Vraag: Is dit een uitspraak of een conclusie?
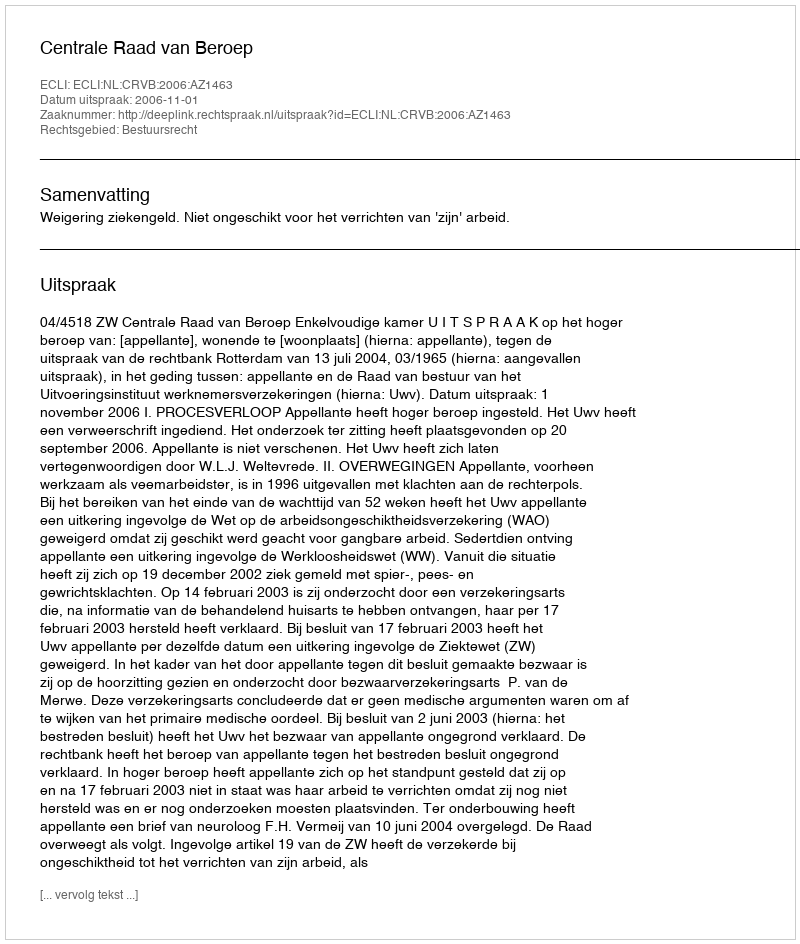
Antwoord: Uitspraak